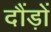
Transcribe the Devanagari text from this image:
दौंड़ों